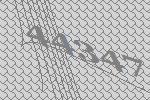
44347